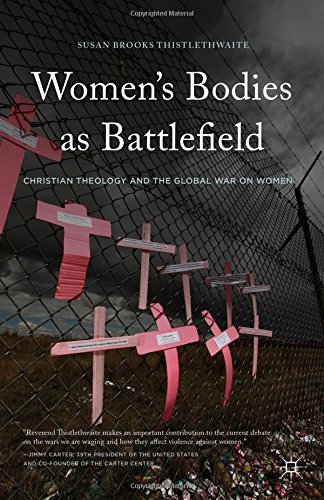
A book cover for Women's Bodies as Battlefield: Christian Theology and the Global War on Women; Susan Brooks Thistlethwaite; Law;